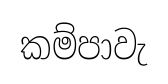
කම්පාවැ